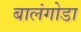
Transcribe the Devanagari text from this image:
बालंगोडा